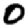
Digit: 0